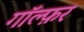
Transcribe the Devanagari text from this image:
गॉल्फ़र